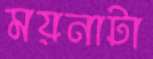
ময়নাটা